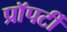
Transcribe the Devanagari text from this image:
प्राॅपर्टी